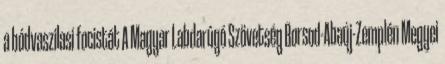
a bódvaszilasi focistát A Magyar Labdarúgó Szövetség Borsod-Abaúj-Zemplén Megyei